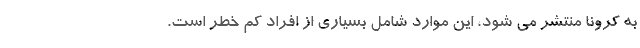
به کرونا منتشر می شود، این موارد شامل بسیاری از افراد کم خطر است.